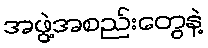
အဖွဲ့အစည်းတွေနဲ့